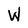
Character: W